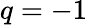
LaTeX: q=-1